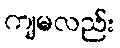
ကျမလည်း